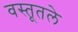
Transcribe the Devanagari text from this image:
वस्तूतले